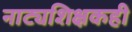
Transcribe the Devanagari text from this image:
नाट्यशिक्षकही